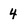
Character: 4